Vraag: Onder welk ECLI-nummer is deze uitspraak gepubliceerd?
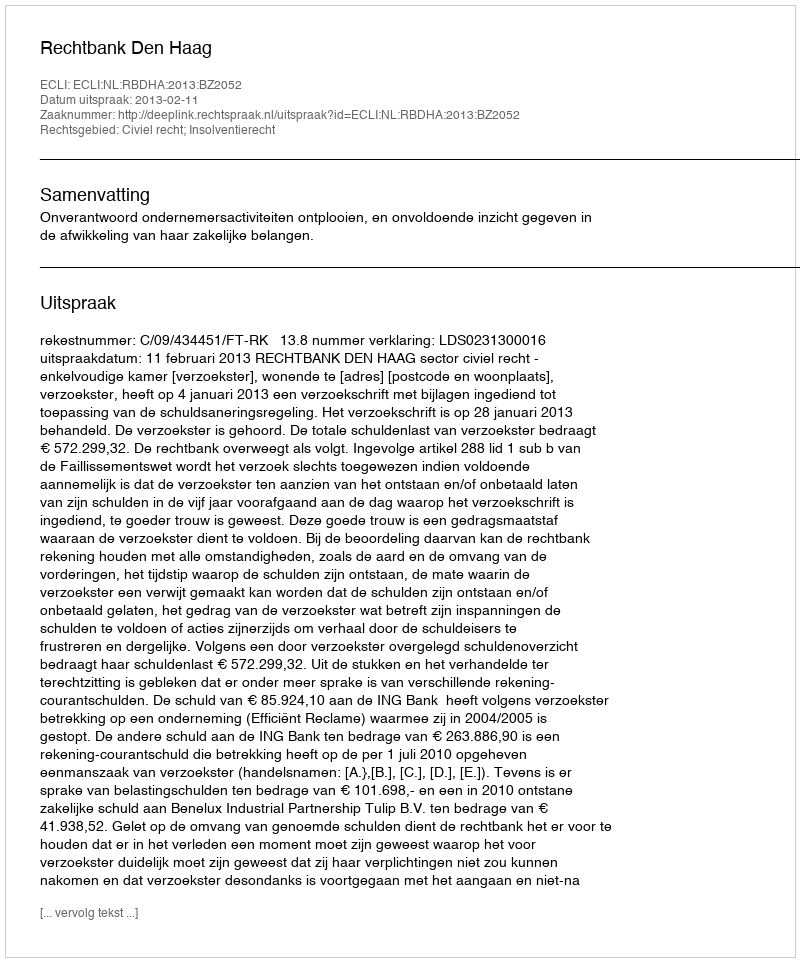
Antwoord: ECLI:NL:RBDHA:2013:BZ2052